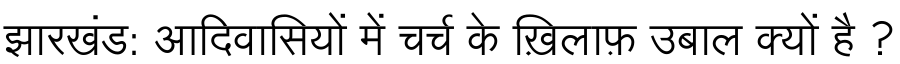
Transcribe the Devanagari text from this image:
झारखंड: आदिवासियों में चर्च के ख़िलाफ़ उबाल क्यों है ?